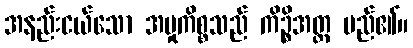
အနည်းငယ်သော အမှုကိစ္စသည် ကိဉ္စိအတ္ထ မည်၏။